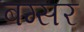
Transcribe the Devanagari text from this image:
बग्सर